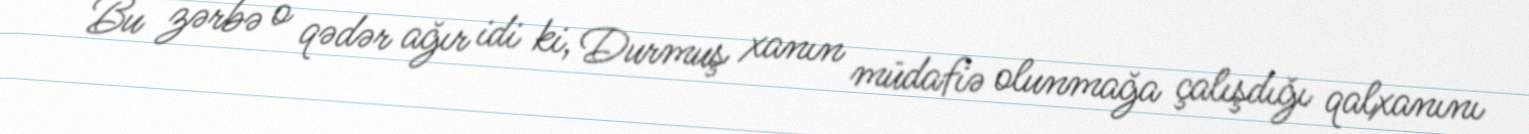
Bu zərbə o qədər ağır idi ki, Durmuş xanın müdafiə olunmağa çalışdığı qalxanını